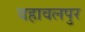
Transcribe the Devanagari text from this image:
वहावलपुर